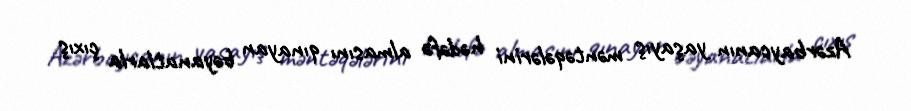
Azərbaycanın yaşayış məntəqələrini hədəfə almasını qınayan bəyanatlarla çıxış